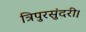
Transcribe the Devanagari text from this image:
त्रिपुरसुंदरी।